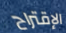
الإقتراح